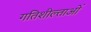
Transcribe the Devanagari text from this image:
गतिशील्ताओं